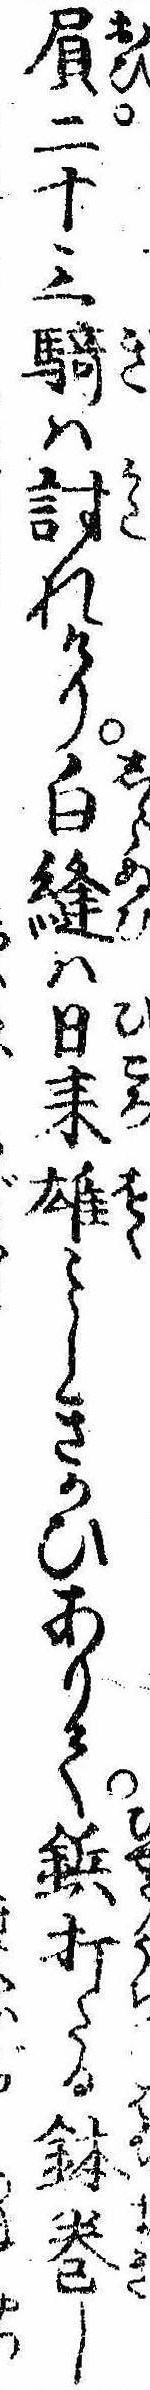
屓二十三騎は討れけり白縫は日耒雄〻しきかひありて鋲打たる鉢巻し